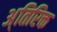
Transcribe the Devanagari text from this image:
अ्तिरिक्त